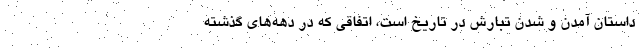
داستانِ آمدن و شدن تبارش در تاریخ است، اتفاقی که در دهه‌های گذشته